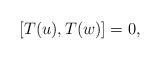
LaTeX: \begin{align*}[T(u),T(w)]=0,\end{align*}